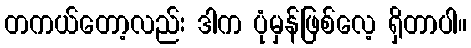
တကယ်တော့လည်း ဒါက ပုံမှန်ဖြစ်လေ့ ရှိတာပါ။